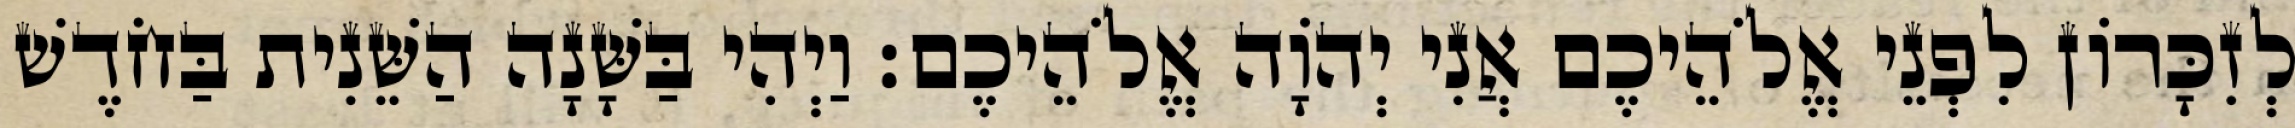
לְזִכָּרוֹן לִפְנֵי אֱלֹהֵיכֶם אֲנִי יְהוָֹה אֱלֹהֵיכֶם׃ וַיְהִי בַּשָּׁנָה הַשֵּׁנִית בַּחֹדֶשׁ